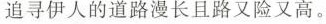
追寻伊人的道路漫长且路又险又高。